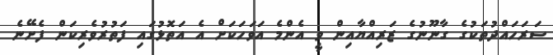
ސަރަހައްދުތަކުގެ ގާނޫނުގެ ޒަރިއްޔާއިން ވީ އެންމެ އަވަހަކަށް އެ އަތޮޅުގައި ފަތުރުވެރިކަން ފެށޭނެ